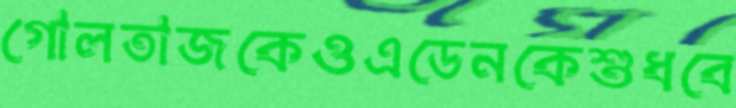
গোলতাজকেওএডেনকেশুধবে